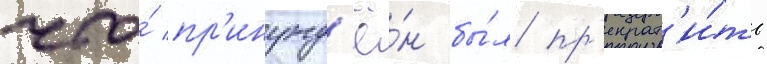
что́ пр'инужд'ё́н бы́л пр'екрат'и́ть